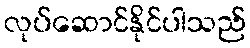
လုပ်ဆောင်နိုင်ပါသည်